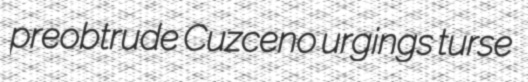
preobtrude Cuzceno urgings turse